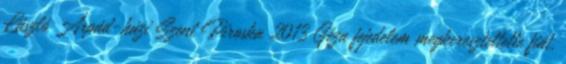
László Árpád-házi Szent Piroska 2013 Géza fejedelem megkereszteltette fiát,